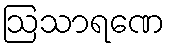
ဩသာရဏေ